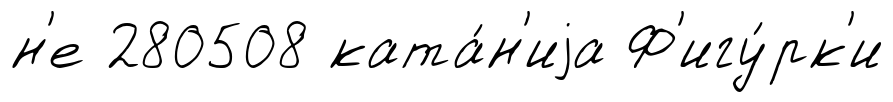
н'е 280508 ката́н'иjа Ф'игу́рк'и